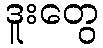
ဒူးတွေ